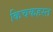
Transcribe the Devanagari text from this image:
किचकहस्त